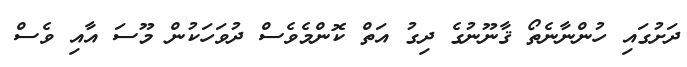
ދަށުގައި ހުންނާނެތޯ ޤާނޫނުގެ ދިގު އަތް ކޮންމެވެސް ދުވަހަކުން މޫސަ އާއި ވެސް